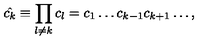
\hat { c _ { k } } \equiv \prod _ { l \neq k } c _ { l } = c _ { 1 } \ldots c _ { k - 1 } c _ { k + 1 } \ldots ,